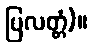
ပြလတ္တံ)။